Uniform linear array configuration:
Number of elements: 64
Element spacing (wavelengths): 0.75
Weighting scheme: cosine
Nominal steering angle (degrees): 0
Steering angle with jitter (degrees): -1.238
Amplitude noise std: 0.05
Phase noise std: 0.05

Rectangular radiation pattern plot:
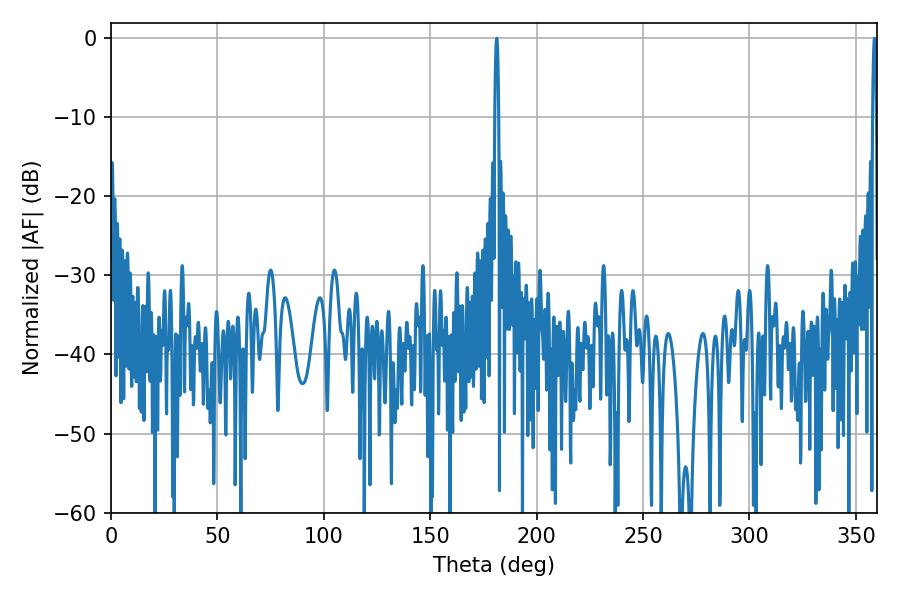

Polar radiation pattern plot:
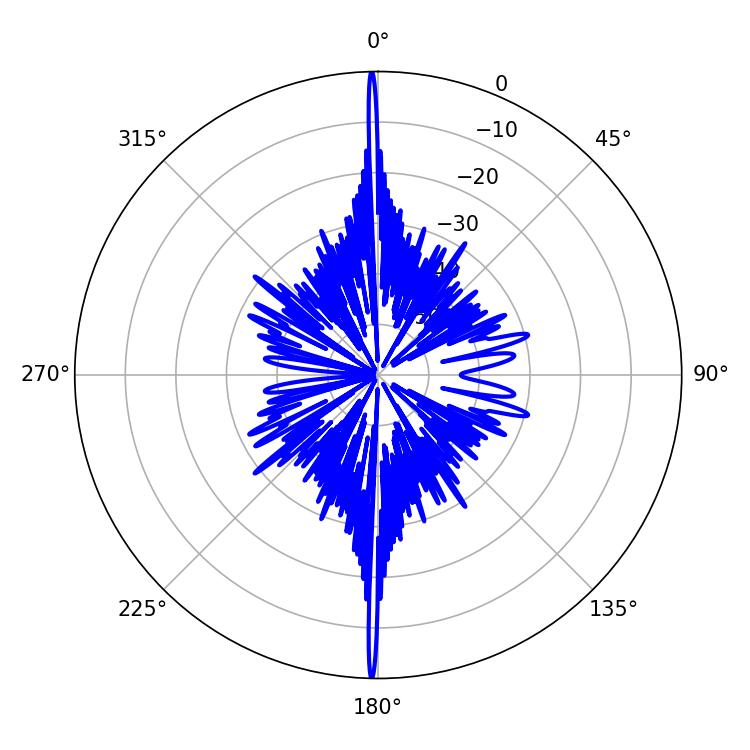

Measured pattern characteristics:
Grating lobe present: TRUE
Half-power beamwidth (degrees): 0.9
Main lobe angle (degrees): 358.74